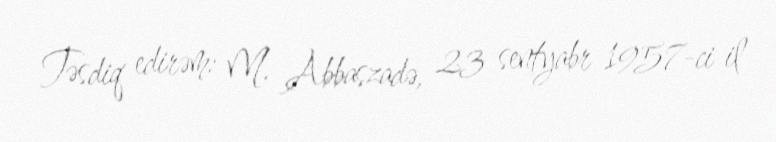
Təsdiq edirəm: M. Abbaszadə, 23 sentyabr 1957-ci il